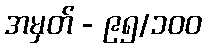
အမှတ် - ၉၅/၁၀၀